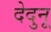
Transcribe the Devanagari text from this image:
देदुनू